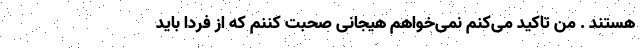
هستند . من تاکید می‌کنم نمی‌خواهم هیجانی صحبت کننم که از فردا باید